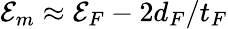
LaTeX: {\cal E}_{m}\approx{\cal E}_{F}-2d_{F}/t_{F}